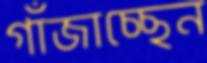
গাঁজাচ্ছেন